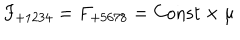
F _ { + 1 2 3 4 } = F _ { + 5 6 7 8 } = \mathrm { C o n s t } \times \mu